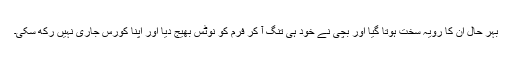
بہر حال ان کا رویہ سخت ہوتا گیا اور بچی نے خود ہی تنگ آ کر فرم کو نوٹس بھیج دیا اور اپنا کورس جاری نہیں رکھ سکی۔